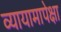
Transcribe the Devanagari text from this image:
व्यायामापेक्षा